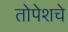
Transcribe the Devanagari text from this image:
तोपेशचे